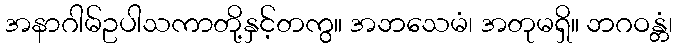
အနာဂါမ်ဥပါသကာတို့နှင့်တကွ။ အဘသေမံ၊ အတုမရှိ။ ဘဂဝန္တံ၊